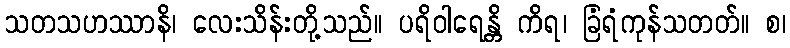
သတသဟဿာနိ၊ လေးသိန်းတို့သည်။ ပရိဝါရေန္တိ ကိရ၊ ခြံရံကုန်သတတ်။ စ၊